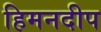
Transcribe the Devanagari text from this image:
हिमनदीप